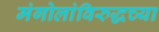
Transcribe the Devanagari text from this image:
मंगोलांविरुद्धच्या